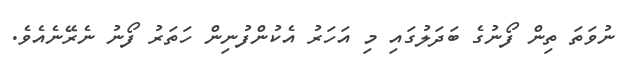
ނުވަތަ ތިން ފޯނުގެ ބަދަލުގައި މި އަހަރު އެކުންފުނިން ހަތަރު ފޯނު ނެރޭނެއެވެ.